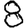
Digit: 8